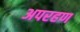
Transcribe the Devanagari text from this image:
अपरहण